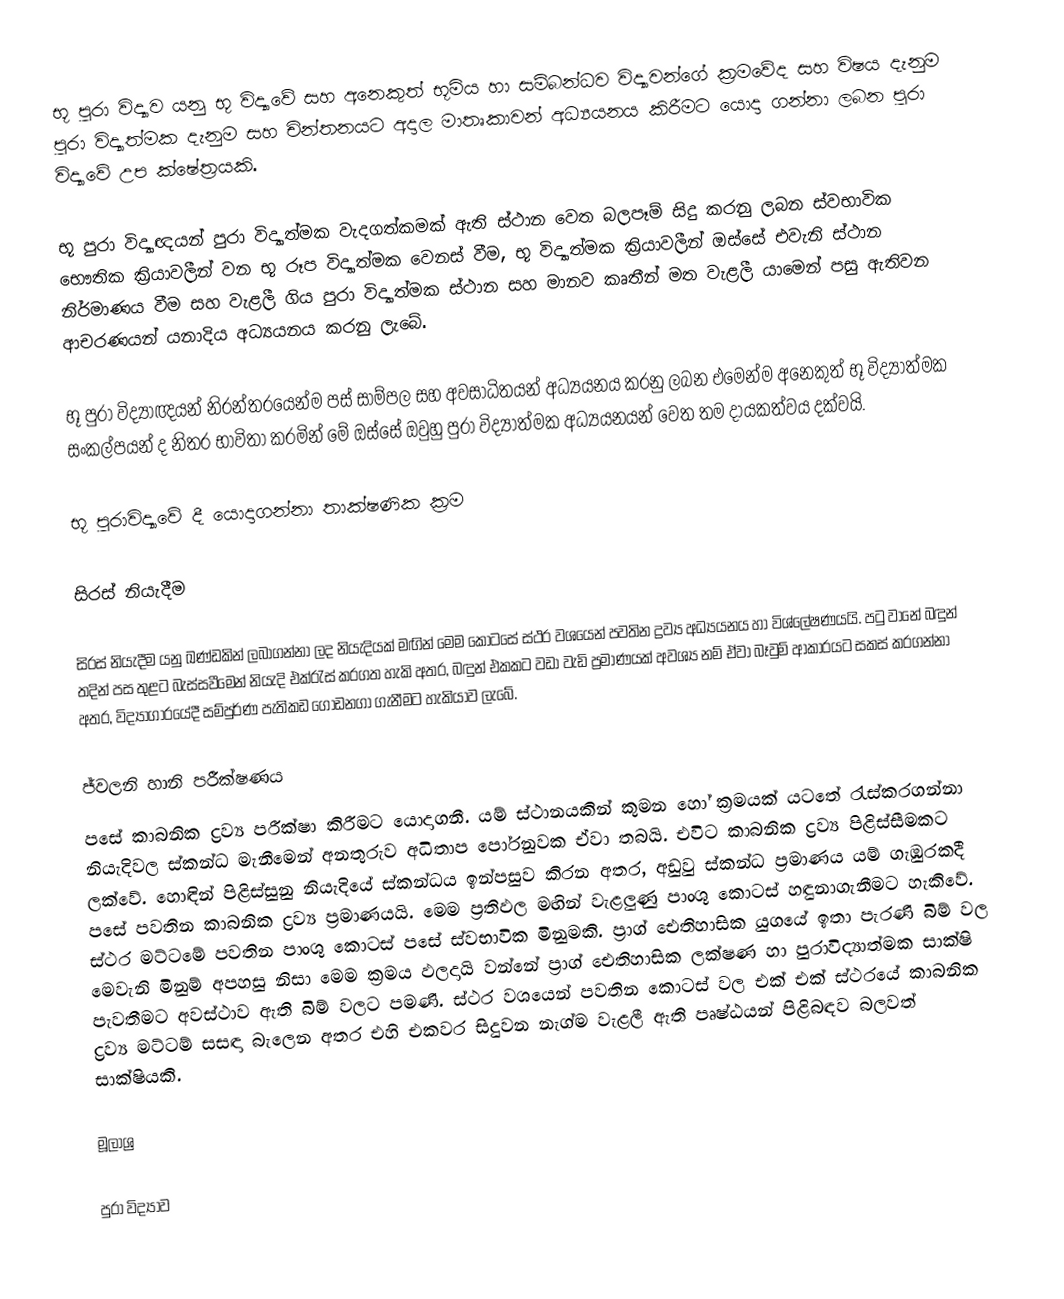
භූ පුරා විද්‍යාව යනු භූ විද්‍යාවේ සහ අනෙකුත් භූමිය හා සම්බන්ධව විද්‍යාවන්ගේ ක්‍රමවේද සහ විෂය දැනුම පුරා විද්‍යාත්මක දැනුම සහ චින්තනයට අදාල මාතෘකාවන් අධ්‍යයනය කිරීමට යොදා ගන්නා ලබන පුරා විද්‍යාවේ උප ක්ෂේත්‍රයකි.

භූ පුරා විද්‍යාඥයන් පුරා විද්‍යාත්මක වැදගත්කමක් ඇති ස්ථාන වෙත බලපෑම් සිදු කරනු ලබන ස්වභාවික භෞතික ක්‍රියාවලීන් වන භූ රූප විද්‍යාත්මක වෙනස් වීම, භූ විද්‍යාත්මක ක්‍රියාවලීන් ඔස්සේ එවැනි ස්ථාන නිර්මාණය වීම සහ වැළලී ගිය පුරා විද්‍යාත්මක ස්ථාන සහ මානව කෘතීන් මත වැළලී යාමෙන් පසු ඇතිවන ආචරණයන් යනාදිය අධ්‍යයනය කරනු ලැබේ.

භූ පුරා විද්‍යාඥයන් නිරන්තරයෙන්ම පස් සාම්පල සහ අවසාධිතයන් අධ්‍යයනය කරනු ලබන එමෙන්ම අනෙකුත් භූ විද්‍යාත්මක සංකල්පයන් ද නිතර භාවිතා කරමින් මේ ‍ඔස්සේ ඔවුහු පුරා විද්‍යාත්මක අධ්‍යයනයන් වෙත තම දායකත්වය දක්වයි.

භූ පුරාවිද්‍යාවේ දී යොදාගන්නා තාක්ෂණික ක්‍රම

සිරස් නියැදීම

සිරස් නියැදීම යනු ඛණ්ඩකින් ලබාගන්නා ලද නියැදියක් මඟින් මෙම කොටසේ ස්ථර වශයෙන් පවතින ද්‍රව්‍ය අධ්‍යයනය හා විශ්ලේෂණයයි. පටු වානේ බඳුන් තදින් පස තුළට බැස්සවීමෙන් නියැදි එක්රැස් කරගත හැකි අතර, බඳුන් එකකට වඩා වැඩි ප්‍රමාණයක් අවශ්‍ය නම් ඒවා බෑවුම් ආකාරයට සකස් කරගන්නා අතර, විද්‍යාගාරයේදී සම්පුර්ණ‍ පැතිකඩ ගොඩනගා ගැනීමට  හැකියාව ලැබේ.

ජ්වලනි හානි පරීක්ෂණය
පසේ කාබනික ද්‍රව්‍ය පරීක්ෂා කිරීමට යොදාගනී. යම් ස්ථානයකින් කුමන හෝ ක්‍රමයක් යටතේ රැස්කරගන්නා නියැදිවල  ස්කන්ධ මැනීමෙන් අනතුරුව අධිතාප පෝරනුවක ඒවා තබයි. එවිට කාබනික ද්‍රව්‍ය පිළිස්සීමකට ලක්වේ. හොඳින් පිළිස්සුනු නියැදියේ ස්කන්ධය ඉන්පසුව කිරන අතර, අඩුවු ස්කන්ධ ප්‍රමාණය යම් ගැඹුරකදී පසේ පවතින කාබනික ද්‍රව්‍ය ප්‍රමාණයයි. මෙම ප්‍රතිඵල මඟින් වැළලුණු පාංශු කොටස් හඳුනාගැනීමට හැකිවේ. ස්ථර‍ මට්ටමේ පවතින පාංශු කොටස් පසේ ස්වභාවික මිනුමකි. ප්‍රාග් ඓතිහාසික යුගයේ ඉතා පැරණි බිම් වල මෙවැනි මිනුම් අපහසු නිසා මෙම ක්‍රමය ඵලදායි වන්නේ ප්‍රාග් ඓතිහාසික ලක්ෂණ හා පුරාවිද්‍යාත්මක සාක්ෂි පැවතීමට අවස්ථාව ඇති බිම් වලට පමණි. ස්ථර වශයෙන් පවතින කොටස් වල එක් එක් ස්ථරයේ කාබනික ද්‍රව්‍ය මට්ටම් සසඳා බැලෙන අතර එහි එකවර සිදුවන නැග්ම වැළලී ඇති පෘෂ්ඨයන් පිළිබඳව බලවත් සාක්ෂියකි.

මූලාශ්‍ර

පුරා විද්‍යාව